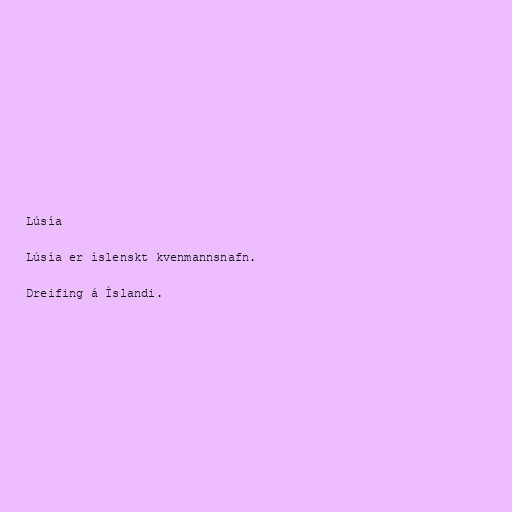
Lúsía

Lúsía er íslenskt kvenmannsnafn.

Dreifing á Íslandi.